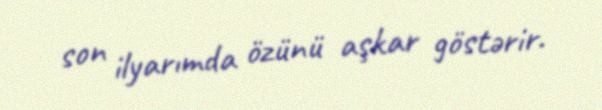
son ilyarımda özünü aşkar göstərir.